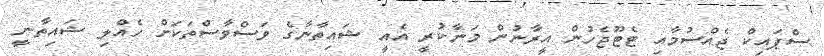
ސްޕައިކް ޖެއްސުމާއި ޓެޓޫޖެހުން އީރާނުން މަނާކުރީ އެއީ ޝައިތާނާގެ ވަސްވާސްތަކަށް ހެއްލި ޝައިތާނީ